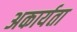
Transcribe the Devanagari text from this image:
अकार्यता